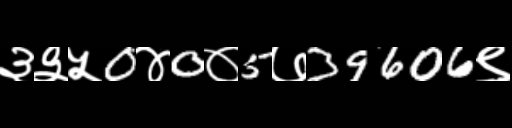
Text: ३३५0४0०5७39606९